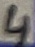
Text: 4